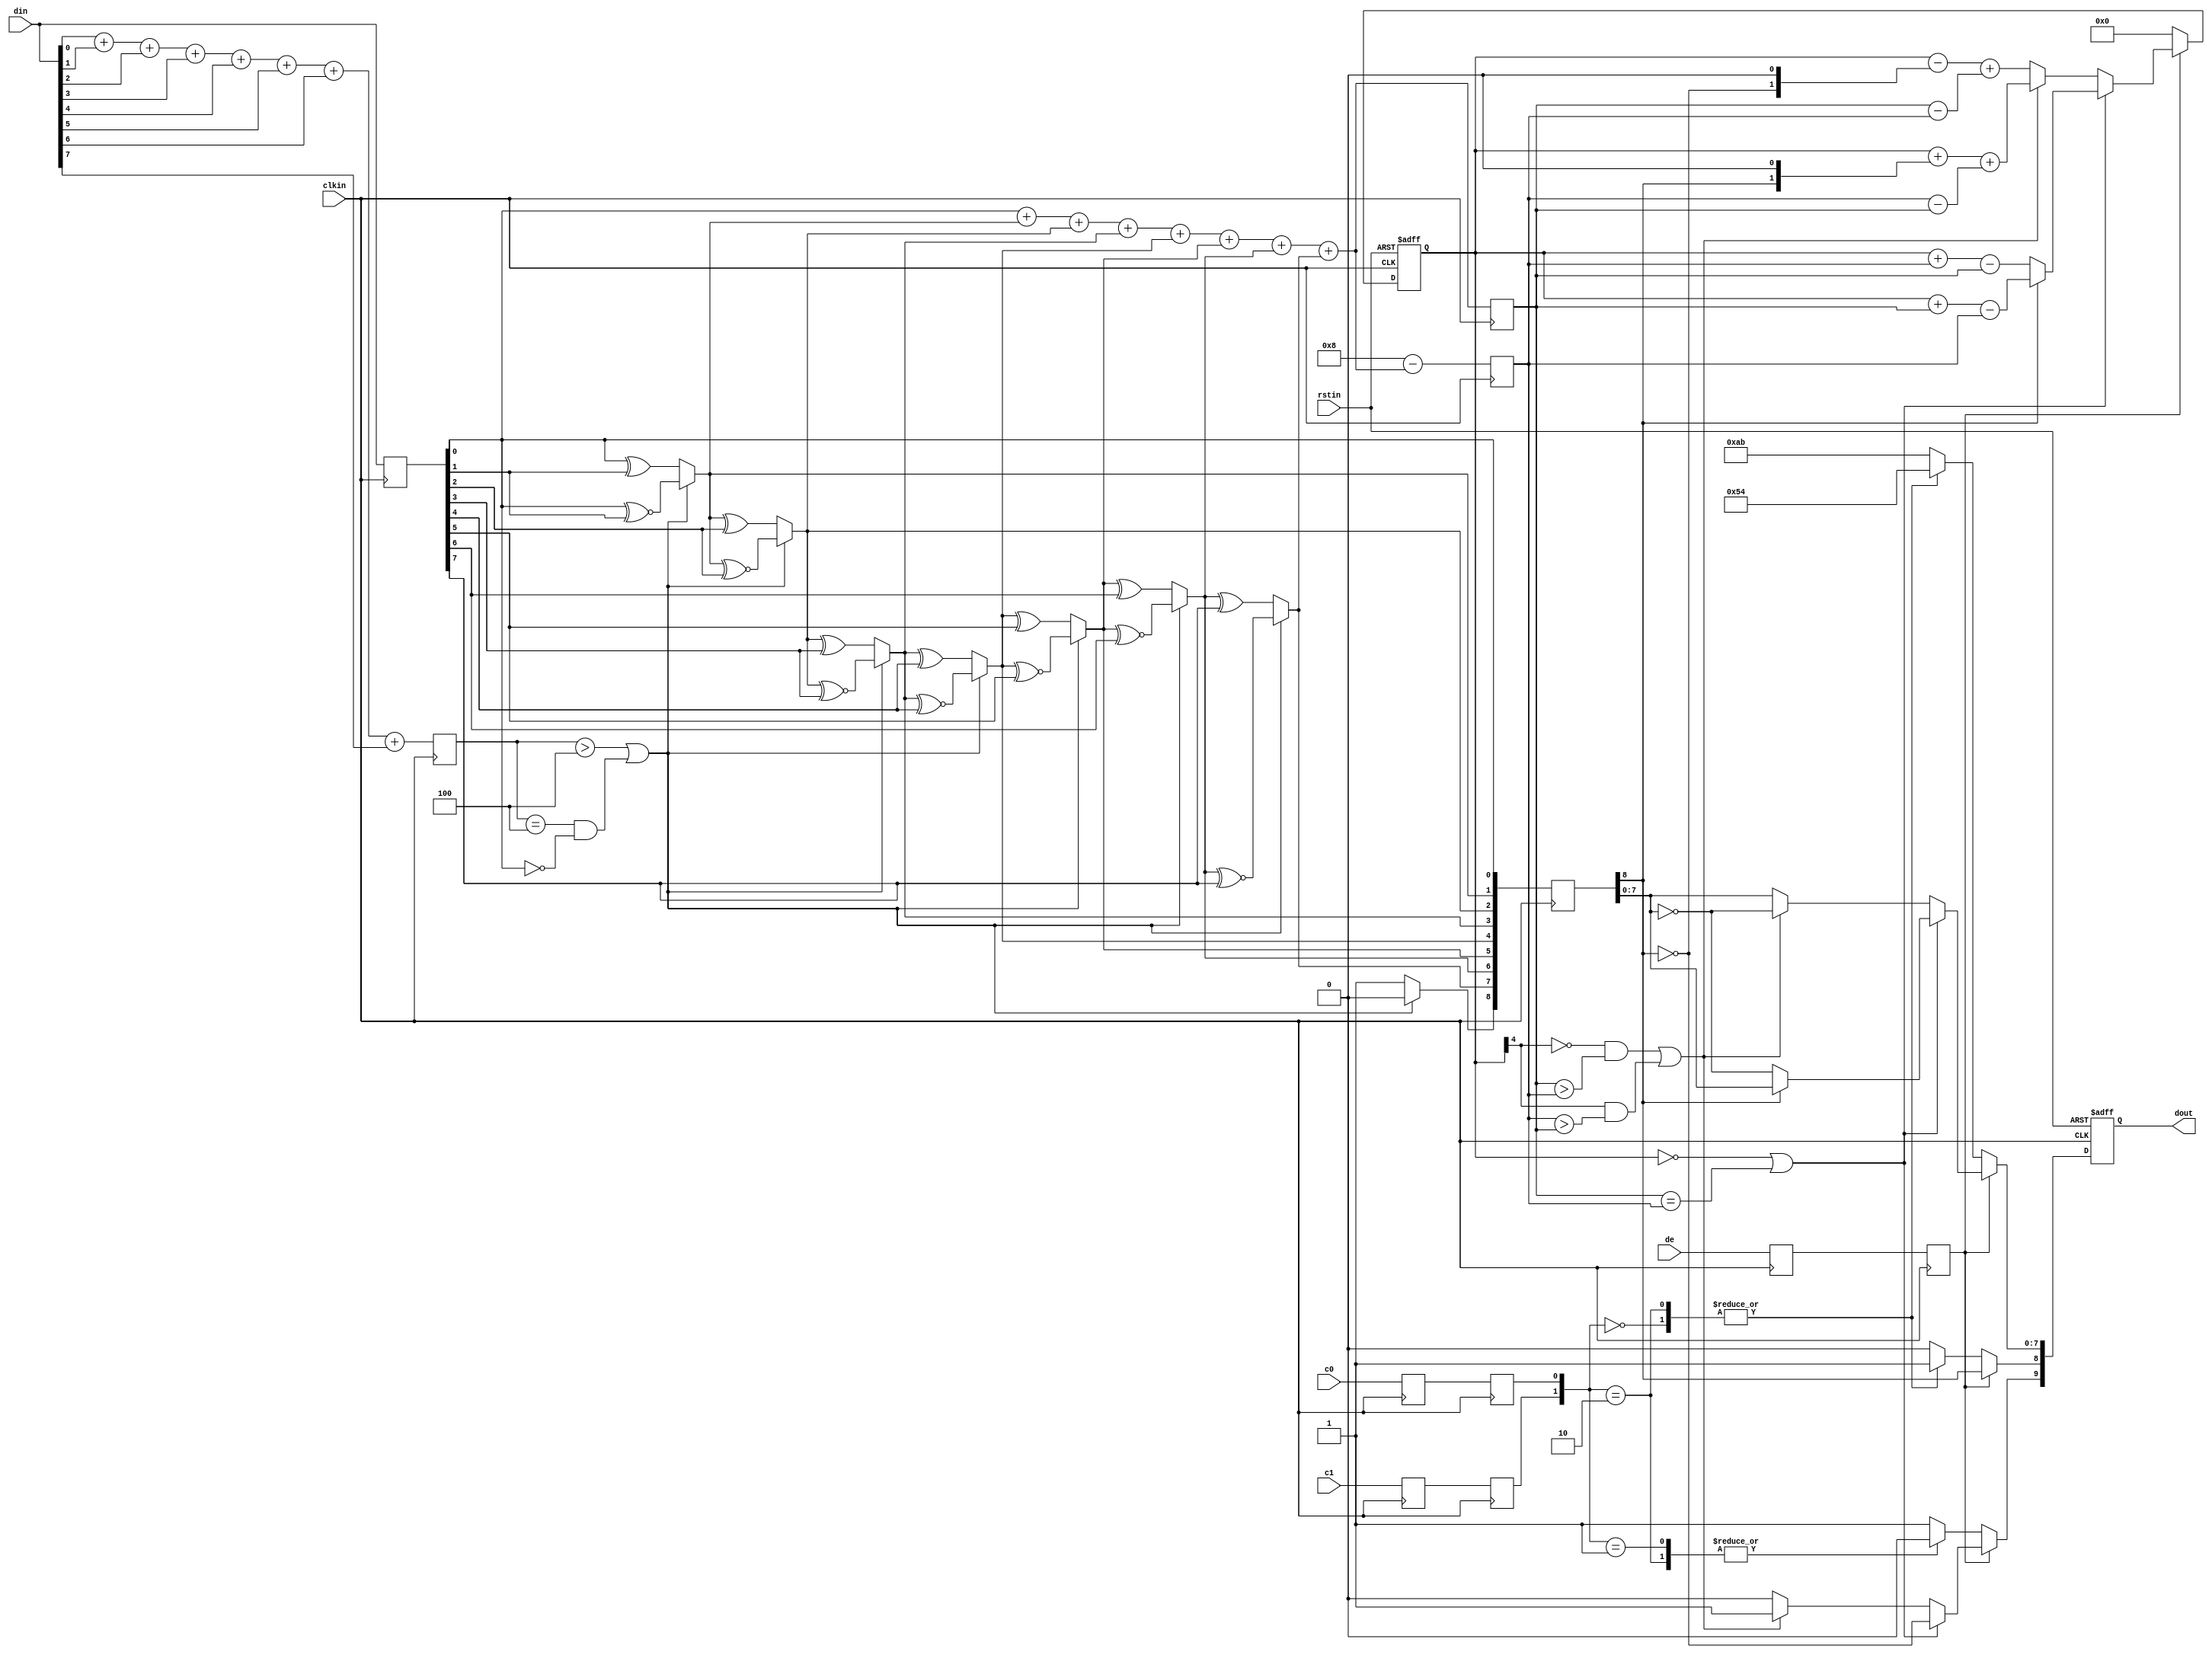
/*
 * Copyright (C)2014-2015 AQUAXIS TECHNOLOGY.
 *  Don't remove this header. 
 * When you use this source, there is a need to inherit this header.
 *
 * License
 *  For no commercial -
 *   License:     The Open Software License 3.0
 *   License URI: http://www.opensource.org/licenses/OSL-3.0
 *
 *  For commmercial -
 *   License:     AQUAXIS License 1.0
 *   License URI: http://www.aquaxis.com/licenses
 *
 * For further information please contact.
 *	URI:    http://www.aquaxis.com/
 */
`timescale 1 ps / 1ps

module aq_tdmi_enc(
  input            clkin,
  input            rstin,
  input      [7:0] din,
  input            c0,
  input            c1,
  input            de,
  output reg [9:0] dout
);

  reg [3:0] n1d;
  reg [7:0] din_q;

  always @ (posedge clkin) begin
    n1d <= din[0] + din[1] + din[2] + din[3] + din[4] + din[5] + din[6] + din[7];

    din_q <= din;
  end

  wire decision1;

  assign decision1 = (n1d > 4'h4) | ((n1d == 4'h4) & (din_q[0] == 1'b0));
  wire [8:0] q_m;
  assign q_m[0] = din_q[0];
  assign q_m[1] = (decision1) ? (q_m[0] ^~ din_q[1]) : (q_m[0] ^ din_q[1]);
  assign q_m[2] = (decision1) ? (q_m[1] ^~ din_q[2]) : (q_m[1] ^ din_q[2]);
  assign q_m[3] = (decision1) ? (q_m[2] ^~ din_q[3]) : (q_m[2] ^ din_q[3]);
  assign q_m[4] = (decision1) ? (q_m[3] ^~ din_q[4]) : (q_m[3] ^ din_q[4]);
  assign q_m[5] = (decision1) ? (q_m[4] ^~ din_q[5]) : (q_m[4] ^ din_q[5]);
  assign q_m[6] = (decision1) ? (q_m[5] ^~ din_q[6]) : (q_m[5] ^ din_q[6]);
  assign q_m[7] = (decision1) ? (q_m[6] ^~ din_q[7]) : (q_m[6] ^ din_q[7]);
  assign q_m[8] = (decision1) ? 1'b0 : 1'b1;

  reg [3:0] n1q_m, n0q_m;
  always @ (posedge clkin) begin
    n1q_m  <= q_m[0] + q_m[1] + q_m[2] + q_m[3] + q_m[4] + q_m[5] + q_m[6] + q_m[7];
    n0q_m  <= 4'h8 - (q_m[0] + q_m[1] + q_m[2] + q_m[3] + q_m[4] + q_m[5] + q_m[6] + q_m[7]);
  end

  parameter CTRLTOKEN0 = 10'b1101010100;
  parameter CTRLTOKEN1 = 10'b0010101011;
  parameter CTRLTOKEN2 = 10'b0101010100;
  parameter CTRLTOKEN3 = 10'b1010101011;

  reg [4:0] cnt;
  wire decision2, decision3;

  assign decision2 = (cnt == 5'h0) | (n1q_m == n0q_m);
  assign decision3 = (~cnt[4] & (n1q_m > n0q_m)) | (cnt[4] & (n0q_m > n1q_m));

  reg       de_q, de_reg;
  reg       c0_q, c1_q;
  reg       c0_reg, c1_reg;
  reg [8:0] q_m_reg;

  always @ (posedge clkin) begin
    de_q    <=de;
    de_reg  <=de_q;
    
    c0_q    <=c0;
    c0_reg  <=c0_q;
    c1_q    <=c1;
    c1_reg  <=c1_q;

    q_m_reg <=q_m;
  end

  always @ (posedge clkin or posedge rstin) begin
    if(rstin) begin
      dout <= 10'h0;
      cnt <= 5'h0;
    end else begin
      if (de_reg) begin
        if(decision2) begin
          dout[9]   <=~q_m_reg[8]; 
          dout[8]   <=q_m_reg[8]; 
          dout[7:0] <=(q_m_reg[8]) ? q_m_reg[7:0] : ~q_m_reg[7:0];

          cnt <=(~q_m_reg[8]) ? (cnt + n0q_m - n1q_m) : (cnt + n1q_m - n0q_m);
        end else begin
          if(decision3) begin
            dout[9]   <=1'b1;
            dout[8]   <=q_m_reg[8];
            dout[7:0] <=~q_m_reg[7:0];

            cnt <=cnt + {q_m_reg[8], 1'b0} + (n0q_m - n1q_m);
          end else begin
            dout[9]   <=1'b0;
            dout[8]   <=q_m_reg[8];
            dout[7:0] <=q_m_reg[7:0];

            cnt <=cnt - {~q_m_reg[8], 1'b0} + (n1q_m - n0q_m);
          end
        end
      end else begin
        case ({c1_reg, c0_reg})
          2'b00:   dout <=CTRLTOKEN0;
          2'b01:   dout <=CTRLTOKEN1;
          2'b10:   dout <=CTRLTOKEN2;
          default: dout <=CTRLTOKEN3;
        endcase

        cnt <=5'h0;
      end
    end
  end
  
endmodule